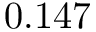
0 . 1 4 7